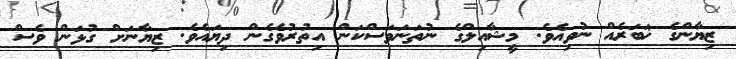
ޒިޔާންގެ ޚަބަރެއް ނުވިއެވެ. މީޝާއިލްގެ ނުތަނަވަސްކަން އިތުރުވެގެން ދިޔައެވެ. ޒިޔާނަށް ގުޅަން ވެސް